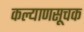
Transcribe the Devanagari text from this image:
कल्याणसूचक